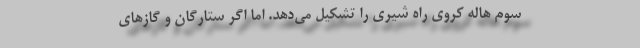
سوم هاله کروی راه شیری را تشکیل می‌دهد. اما اگر ستارگان و گاز‌های